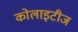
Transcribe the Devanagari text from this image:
कोलाइटीज